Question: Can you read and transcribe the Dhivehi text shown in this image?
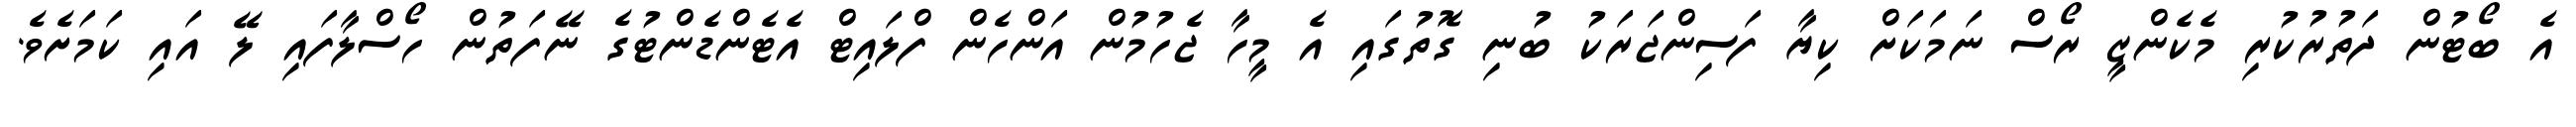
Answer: އެ ބޯޓުން ދަތުރުކުރި މެކެންޒީ ރޯސް ނަމަކަށް ކިޔާ ފަސިންޖަރަކު ބުނި ގޮތުގައި އެ މީހާ ޖެހުމުން އަންހެން ފްލައިޓް އެޓެންޑެންޓުގެ ނޭފަތުން ހޯސްލާފައި ލޭ އައި ކަމަށެވެ.